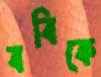
ববিকে